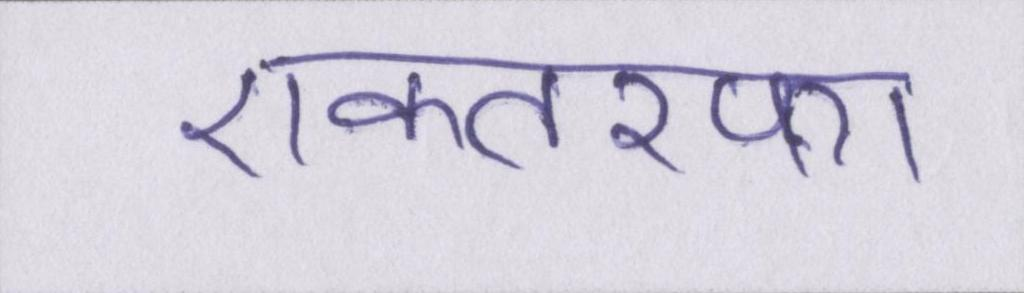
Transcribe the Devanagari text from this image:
एकतरफा